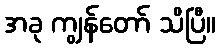
အခု ကျွန်တော် သိပြီ။